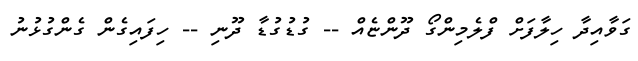
ގަވާއިދާ ހިލާފަށް ފްލެމިންގޯ ދޫންޏެއް -- ގުޑުގުޑާ ދޫނި -- ހިފައިގެން ގެންގުޅުނު